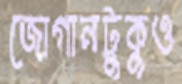
জোগানটুকুও